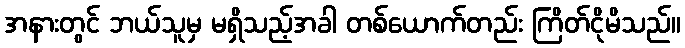
အနားတွင် ဘယ်သူမှ မရှိသည့်အခါ တစ်ယောက်တည်း ကြိတ်ငိုမိသည်။